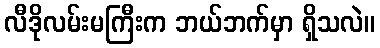
လီဒိုလမ်းမကြီးက ဘယ်ဘက်မှာ ရှိသလဲ။